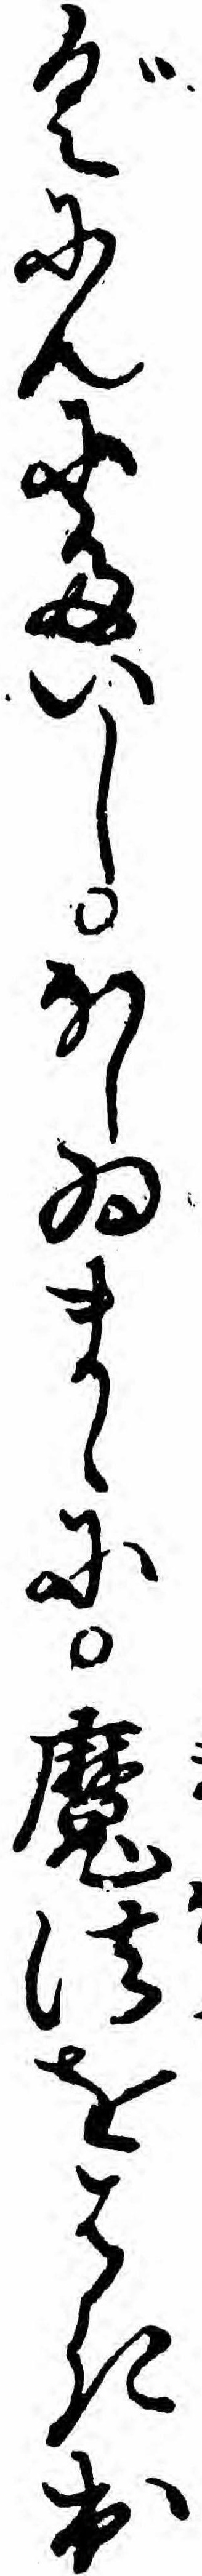
ぐにんにたいしほしゐまゝに魔法をはき出